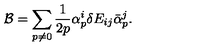
{ \cal B } = \sum _ { p \neq 0 } \frac { 1 } { 2 p } \alpha _ { p } ^ { i } \delta E _ { i j } \bar { \alpha } _ { p } ^ { j } .